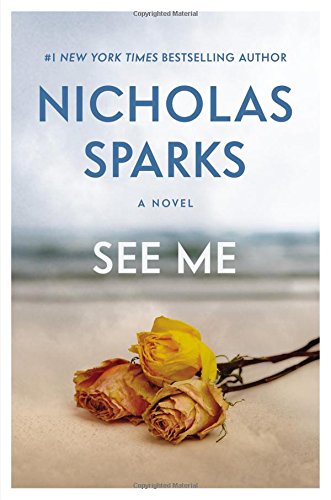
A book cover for See Me; Nicholas Sparks; Romance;